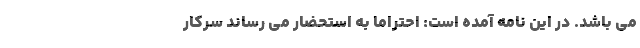
می باشد. در این نامه آمده است: احتراماً به استحضار می رساند سرکار